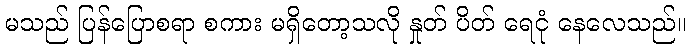
မသည် ပြန်ပြောစရာ စကား မရှိတော့သလို နှုတ် ပိတ် ရေငုံ နေလေသည်။